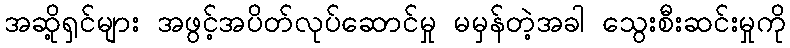
အဆို့ရှင်များ အဖွင့်အပိတ်လုပ်ဆောင်မှု မမှန်တဲ့အခါ သွေးစီးဆင်းမှုကို